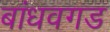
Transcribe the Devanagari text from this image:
बांधवगड